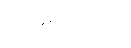
အပ္ပေကဒါ